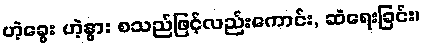
ဟဲ့ခွေး ဟဲ့နွား စသည်ဖြင့်လည်းကောင်း, ဆဲရေးခြင်း၊